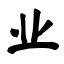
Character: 业